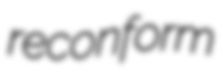
reconform